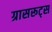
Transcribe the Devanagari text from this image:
ग्रासरूट्स